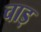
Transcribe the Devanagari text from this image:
चाड़